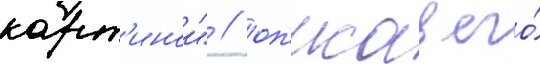
карт'инои" / оп'исав его́